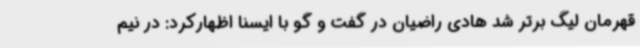
قهرمان لیگ برتر شد هادی راضیان در گفت و گو با ایسنا اظهارکرد: در نیم